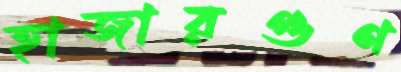
হাজারগুণ